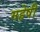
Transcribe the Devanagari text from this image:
महेषी